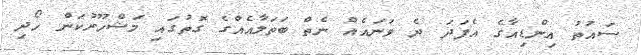
ސައުތު އިންޑިއާގެ އެފަދަ ދެ ވަނައެއް ނެތް ބަތަލާއެއްގެ ގޮތުގައި މަޝްހޫރުކަން ހޯދި